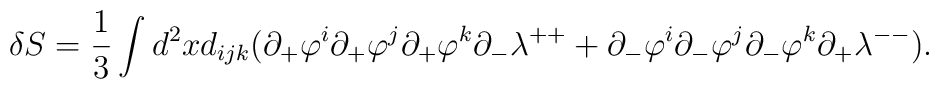
\delta S=\frac{1}{3}\int d^2xd_{ijk}(\partial_+\varphi^i\partial_+\varphi^j\partial_+\varphi^k\partial_-\lambda^{++}+\partial_-\varphi^i\partial_-\varphi^j\partial_-\varphi^k\partial_+\lambda^{--}).